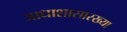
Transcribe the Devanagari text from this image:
आधाशासारख्या